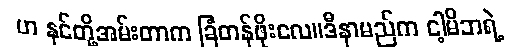
ဟ နင်တို့အမ်းတာက ခြံတန်ဖိုးလေ။ဒီနာမည်က ငါ့မိဘရဲ့